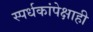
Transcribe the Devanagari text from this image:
स्पर्धकांपेक्षाही